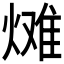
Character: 𪹠